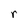
Character: r